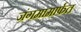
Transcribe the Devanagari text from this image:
जंगमामार्फत